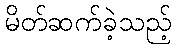
မိတ်ဆက်ခဲ့သည့်